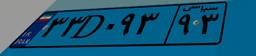
۳۳D۰۹۳۹۳